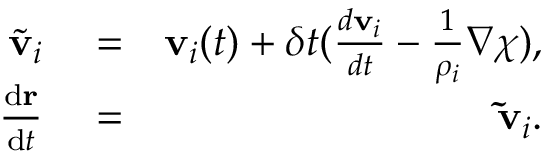
\begin{array} { r l r } { \tilde { \mathbf { v } } _ { i } } & { { } = } & { \mathbf { v } _ { i } ( t ) + \delta t ( \frac { d \mathbf { v } _ { i } } { d t } - \frac { 1 } { \rho _ { i } } \nabla \chi ) , } \\ { \frac { { \mathrm { d } } \mathbf { r } } { { \mathrm { d } } t } } & { { } = } & { \mathbf { \tilde { v } } _ { i } . } \end{array}